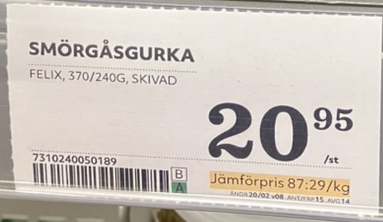
Vara: Smörgåsgurka
Genomsnittspris: 87.29 per kg